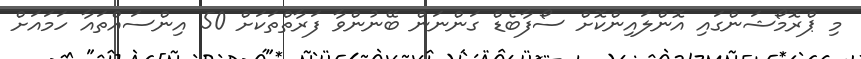
މި ޕްރޮމޯޝަންގައި އޮންލައިންކޮށް ސޯފާބެޑް ގަންނަން ބޭނުންވާ ފަރާތްތަކަށް 50 އިންސައްތައާ ހަމައަށް